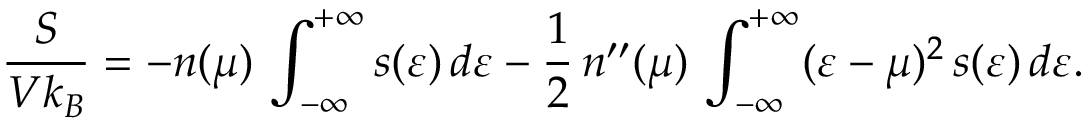
\frac { S } { V k _ { B } } = - n ( \mu ) \, \int _ { - \infty } ^ { + \infty } s ( \varepsilon ) \, d \varepsilon - \frac { 1 } { 2 } \, n ^ { \prime \prime } ( \mu ) \, \int _ { - \infty } ^ { + \infty } ( \varepsilon - \mu ) ^ { 2 } \, s ( \varepsilon ) \, d \varepsilon .